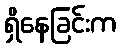
ရှိနေခြင်းက